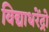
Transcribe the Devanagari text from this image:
विद्याधरेंद्रो